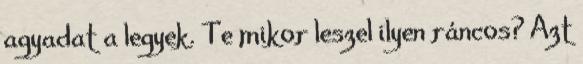
agyadat a legyek. Te mikor leszel ilyen ráncos? Azt